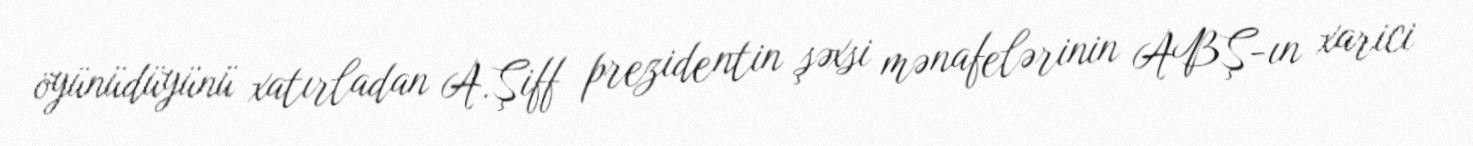
öyünüdüyünü xatırladan A.Şiff prezidentin şəxsi mənafelərinin ABŞ-ın xarici